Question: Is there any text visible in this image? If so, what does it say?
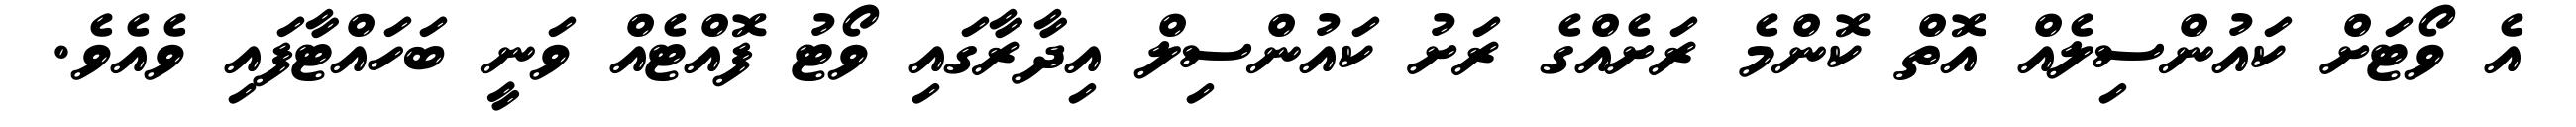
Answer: އެ ވޯޓަށް ކައުންސިލެއް އޮތް ކޮންމެ ރަށެއްގެ ރަށު ކައުންސިލް އިދާރާގައި ވޯޓު ފޮއްޓެއް ވަނީ ބަހައްޓާފައި ވެއެވެ.